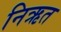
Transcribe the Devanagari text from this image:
निऋत